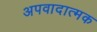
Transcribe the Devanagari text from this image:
अपवादात्मक